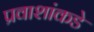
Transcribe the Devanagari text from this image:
प्रवाशांकडे